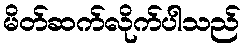
မိတ်ဆက်လိုက်ပါသည်